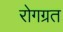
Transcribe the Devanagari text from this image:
रोगग्रत